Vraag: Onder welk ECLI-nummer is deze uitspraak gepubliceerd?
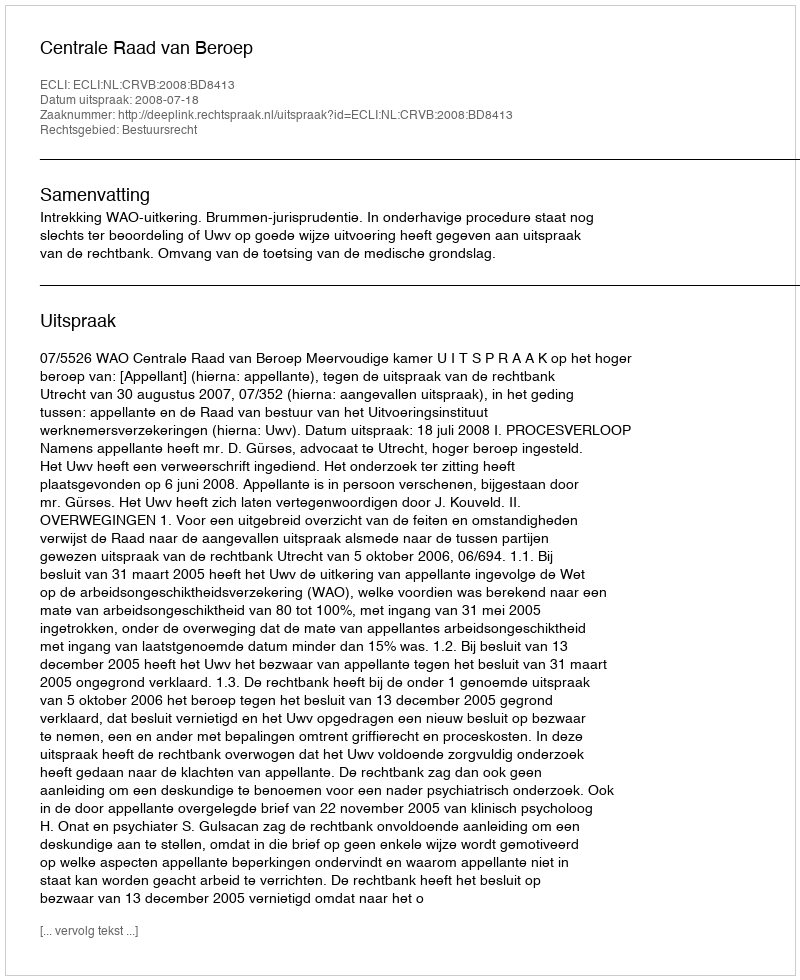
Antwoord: ECLI:NL:CRVB:2008:BD8413